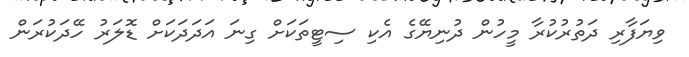
ވިޔަފާރި ދަތުރުކުރާ މީހުން ދުނިޔޭގެ އެކި ސިޓީތަކަށް ގިނަ އަދަދަކަށް ޑޮލަރު ހޭދަކުރަން